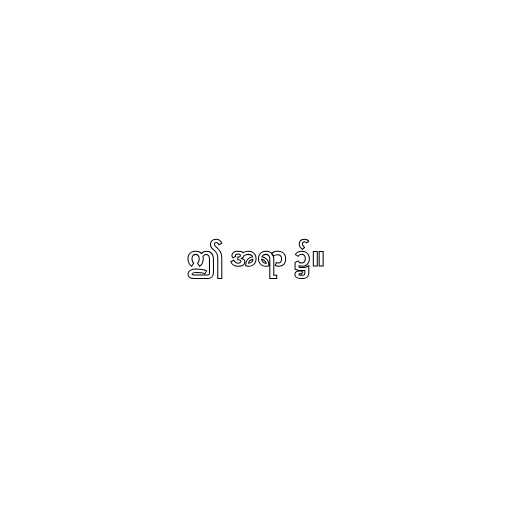
ဤ အရာ ၌။